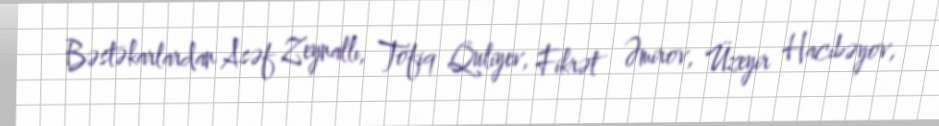
Bəstəkarlardan Asəf Zeynallı, Tofiq Quliyev, Fikrət Əmirov, Üzeyir Hacıbəyov,